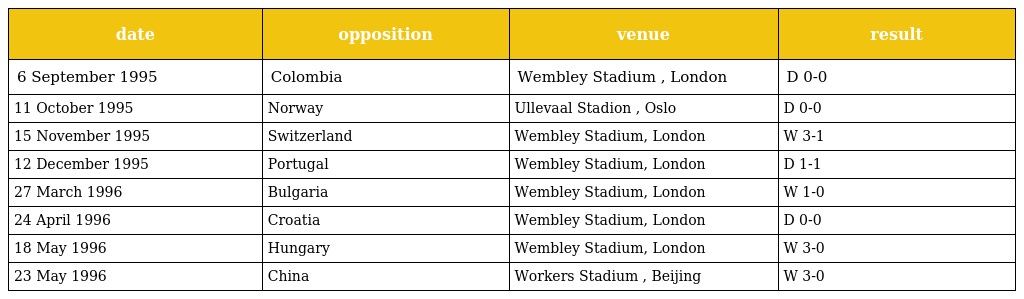
| date | opposition | venue | result |
 | --- | --- | --- | --- |
 | 6 September 1995 | Colombia | Wembley Stadium , London | D 0-0 |
 | 11 October 1995 | Norway | Ullevaal Stadion , Oslo | D 0-0 |
 | 15 November 1995 | Switzerland | Wembley Stadium, London | W 3-1 |
 | 12 December 1995 | Portugal | Wembley Stadium, London | D 1-1 |
 | 27 March 1996 | Bulgaria | Wembley Stadium, London | W 1-0 |
 | 24 April 1996 | Croatia | Wembley Stadium, London | D 0-0 |
 | 18 May 1996 | Hungary | Wembley Stadium, London | W 3-0 |
 | 23 May 1996 | China | Workers Stadium , Beijing | W 3-0 |